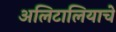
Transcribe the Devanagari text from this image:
अलिटालियाचे